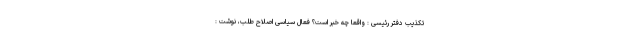
تکذیب دفتر رئیسی : واقعا چه خبر است؟ فعال سیاسی اصلاح طلب، نوشت :